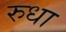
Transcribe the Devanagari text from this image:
रुधा